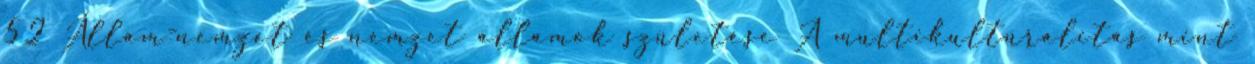
52 Állam-nemzet és nemzet államok születése A multikultúralitás mint